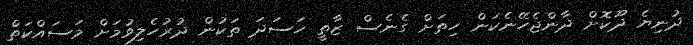
ދުނިޔެ ދޫކޮށް ދާންޖެހޭނެކަން ހިތަށް ގެނެސް ޒާތީ ހަސަދަ ތަކުން ދުރުހެލިވުމަށް މަސައްކަތް